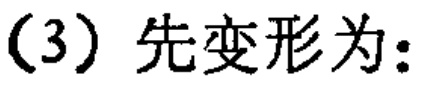
(3) 先变形为：